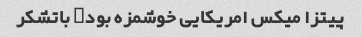
پیتزا میکس امریکایی خوشمزه بود, باتشکر